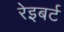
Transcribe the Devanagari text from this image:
रेइबर्ट